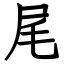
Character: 尾